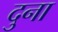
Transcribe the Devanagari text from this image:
दुना